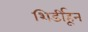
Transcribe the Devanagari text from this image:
शिर्डीहून